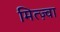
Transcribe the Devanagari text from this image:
मित्ज़्वा